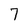
Character: 7